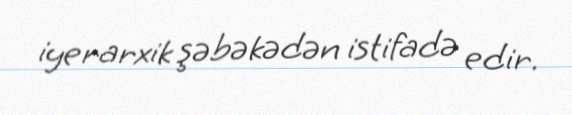
iyerarxik şəbəkədən istifadə edir.